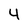
Character: 4